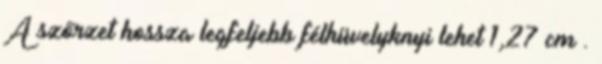
A szőrzet hossza legfeljebb félhüvelyknyi lehet 1,27 cm .